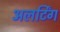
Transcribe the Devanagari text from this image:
अलर्टिंग